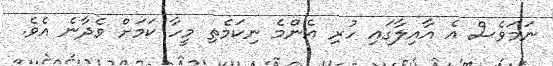
ނަމަވެސް އެ އާއިލާގައި ހުރި އެންމެ ނިކަމެތި މީހާ ކަމަށް ވެދާނެ އެވެ.